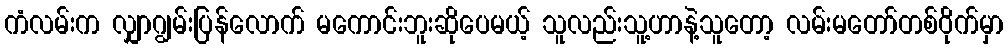
ကံလမ်းက လျှာဂျွမ်းပြန်လောက် မကောင်းဘူးဆိုပေမယ့် သူလည်းသူ့ဟာနဲ့သူတော့ လမ်းမတော်တစ်ဝိုက်မှာ